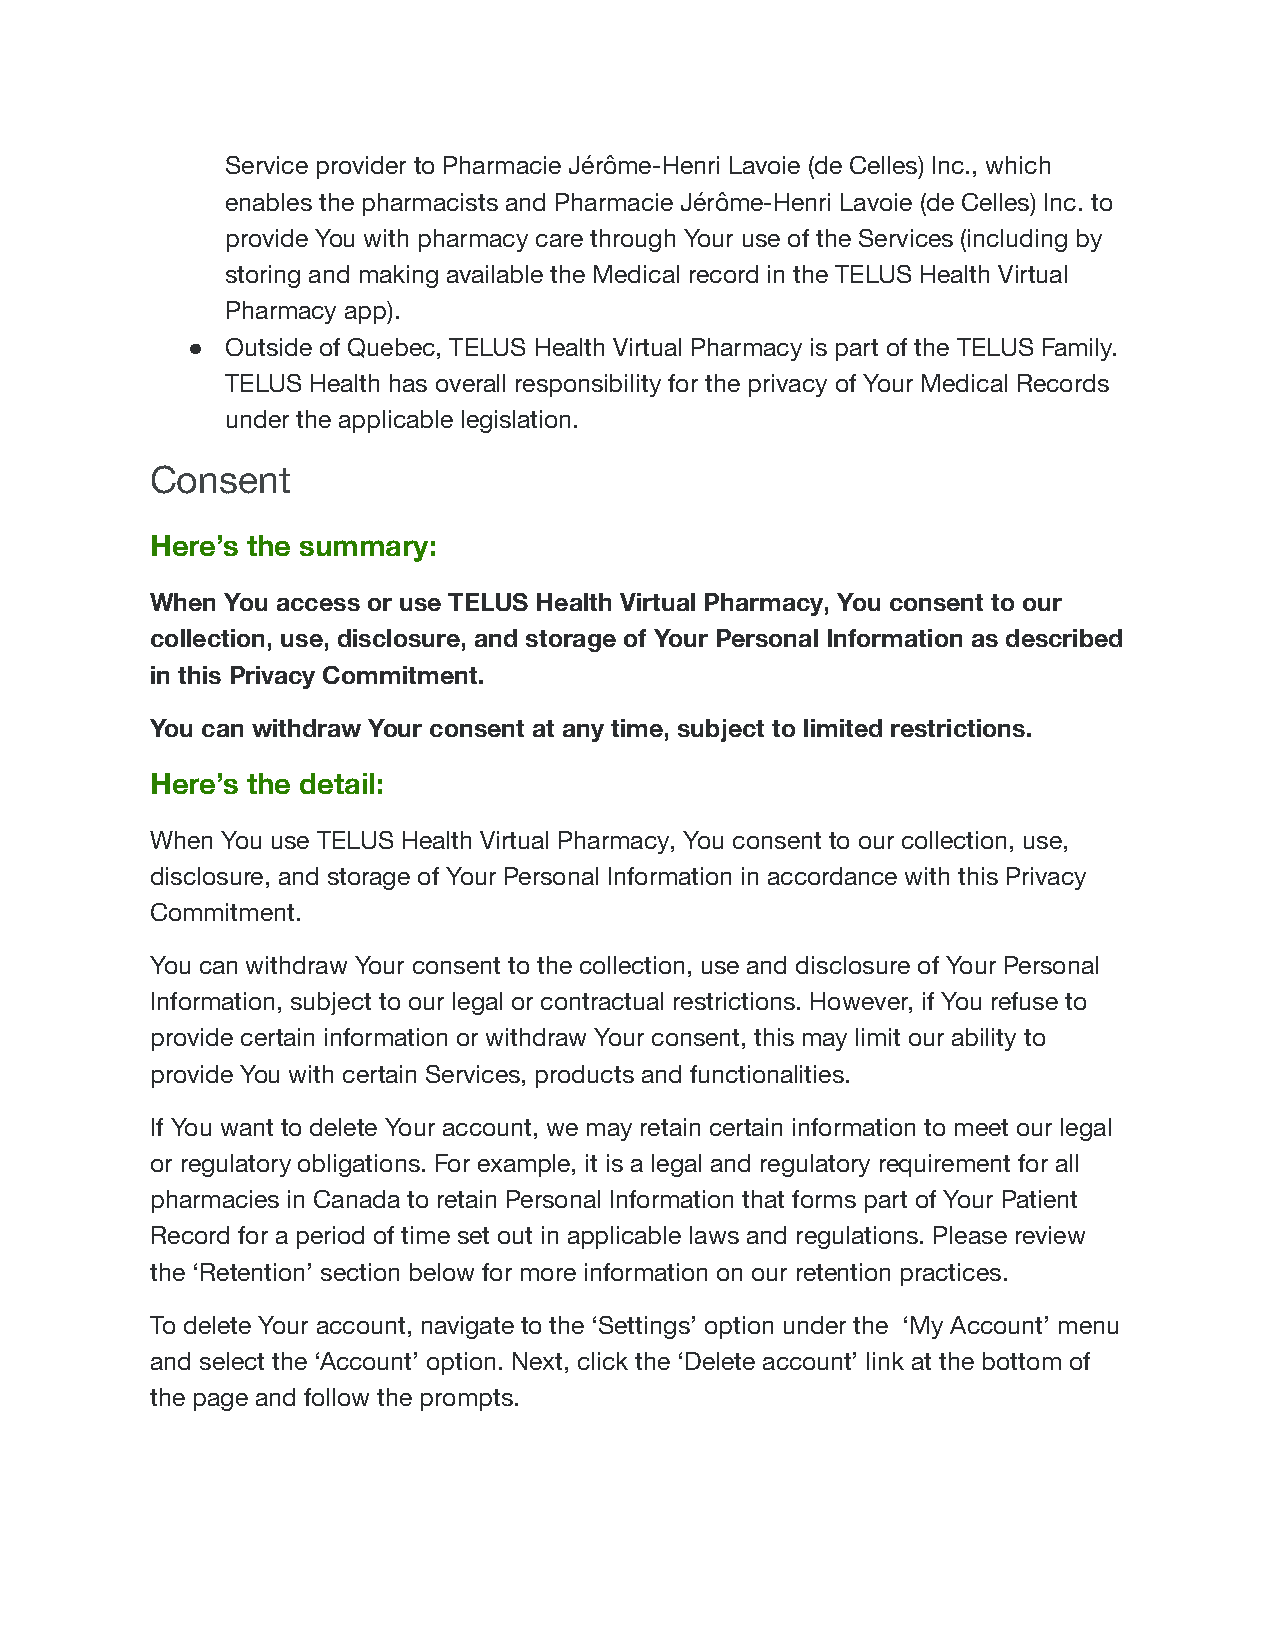
Service provider to Pharmacie Jérôme-Henri Lavoie (de Celles) Inc., which
 enables the pharmacists and Pharmacie Jérôme-Henri Lavoie (de Celles) Inc. to
 provide You with pharmacy care through Your use of the Services (including by
 storing and making available the Medical record in the TELUS Health Virtual
 Pharmacy app).
 ●  Outside of Quebec, TELUS Health Virtual Pharmacy is part of the TELUS Family.
 TELUS Health has overall responsibility for the privacy of Your Medical Records
 under the applicable legislation.
 Consent
 Here’s the summary:
 When You access or use TELUS Health Virtual Pharmacy, You consent to our
 collection, use, disclosure, and storage of Your Personal Information as described
 in this Privacy Commitment.
 You can withdraw Your consent at any time, subject to limited restrictions.
 Here’s the detail:
 When You use TELUS Health Virtual Pharmacy, You consent to our collection, use,
 disclosure, and storage of Your Personal Information in accordance with this Privacy
 Commitment.
 You can withdraw Your consent to the collection, use and disclosure of Your Personal
 Information, subject to our legal or contractual restrictions. However, if You refuse to
 provide certain information or withdraw Your consent, this may limit our ability to
 provide You with certain Services, products and functionalities.
 If You want to delete Your account, we may retain certain information to meet our legal
 or regulatory obligations. For example, it is a legal and regulatory requirement for all
 pharmacies in Canada to retain Personal Information that forms part of Your Patient
 Record for a period of time set out in applicable laws and regulations. Please review
 the ‘Retention’ section below for more information on our retention practices.
 To delete Your account, navigate to the ‘Settings’ option under the ‘My Account’ menu
 and select the ‘Account’ option. Next, click the ‘Delete account’ link at the bottom of
 the page and follow the prompts.